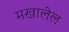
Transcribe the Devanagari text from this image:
मखालेल